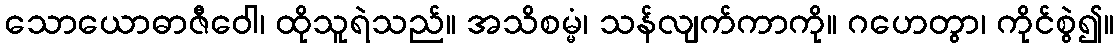
သောယောဓာဇီဝေါ၊ ထိုသူရဲသည်။ အသိစမ္မံ၊ သန်လျက်ကာကို။ ဂဟေတွာ၊ ကိုင်စွဲ၍။